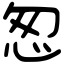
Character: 怱